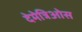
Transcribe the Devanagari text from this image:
देमेत्रिओस